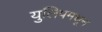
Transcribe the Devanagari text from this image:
युलिपमधून